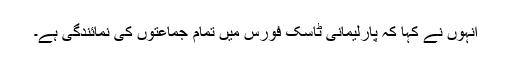
انہوں نے کہا کہ پارلیمانی ٹاسک فورس میں تمام جماعتوں کی نمائندگی ہے۔